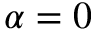
\alpha = 0